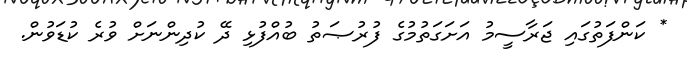
* ކަންފަތުގައި ޖަރާސީމު އަށަގަތުމުގެ ފުރުޞަތު ބުއްފުޅި ދޭ ކުދިންނަށް ވުރެ ކުޑަވުން.